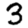
Digit: 3